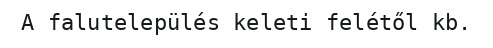
A falutelepülés keleti felétől kb.